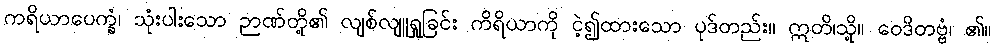
ကရိယာပေက္ခံ၊ သုံးပါးသော ဉာဏ်တို့၏ လျစ်လျူရှုခြင်း ကိရိယာကို ငဲ့၍ထားသော ပုဒ်တည်း။ ဣတိ၊သို့။ ဝေဒိတဗ္ဗံ၊ ၏။